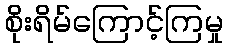
စိုးရိမ်ကြောင့်ကြမှု